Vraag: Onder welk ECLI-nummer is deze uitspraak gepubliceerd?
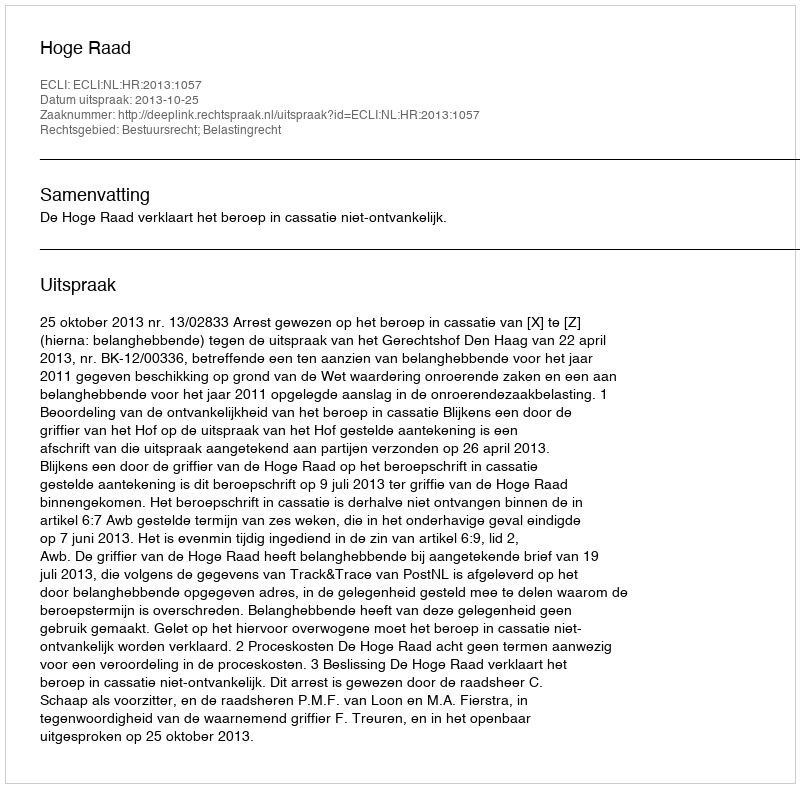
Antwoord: ECLI:NL:HR:2013:1057